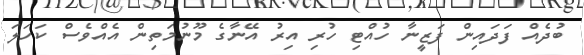
ބުދެއް ފަދައިން ފަޒީނާ ހުއްޓި ހުރި އިރު އޭނާގެ މޫނުމަތިން އެއްވެސް ކަހަލަ